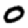
Digit: 0